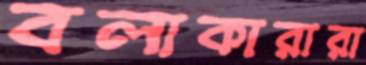
বলাকারারা